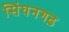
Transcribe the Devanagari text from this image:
सिंघनगढ़